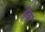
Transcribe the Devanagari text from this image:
हेका